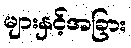
များနှင့်အခြား